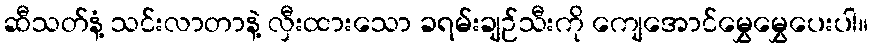
ဆီသတ်နံ့ သင်းလာတာနဲ့ လှီးထားသော ခရမ်းချဉ်သီးကို ကျေအောင်မွှေမွှေပေးပါ။